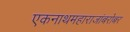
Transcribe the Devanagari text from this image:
एकनाथमहाराजांबरोबर